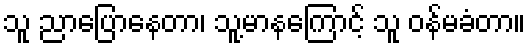
သူ ညာပြောနေတာ၊ သူ့မာနကြောင့် သူ ဝန်မခံတာ။